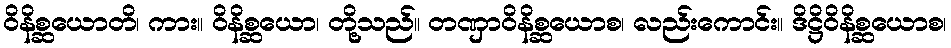
ဝိနိစ္ဆယောတိ၊ ကား။ ဝိနိစ္ဆယော၊ တို့သည်။ တဏှာဝိနိစ္ဆယောစ၊ လည်းကောင်း။ ဒိဋ္ဌိဝိနိစ္ဆယောစ၊